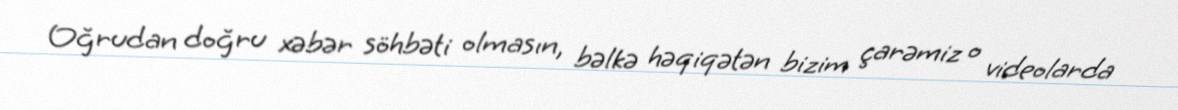
Oğrudan doğru xəbər söhbəti olmasın, bəlkə həqiqətən bizim çarəmiz o videolarda